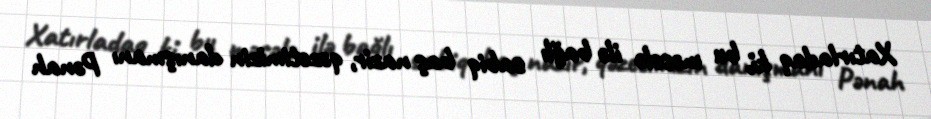
Xatırladaq ki, bu məsələ ilə bağlı sabiq baş nazir, qəzetimizin danışmanı Pənah